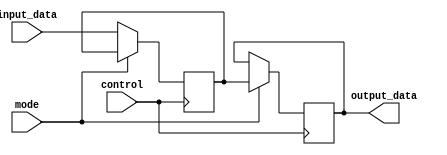
module IO_compensated_buffer (
    input wire mode,
    input wire control,
    input wire input_data,
    output wire output_data
);

reg buffered_data;

always @ (posedge control) begin
    if (mode) begin
        // Output mode
        output_data <= buffered_data;
    end else begin
        // Input mode
        buffered_data <= input_data;
    end
end

endmodule